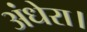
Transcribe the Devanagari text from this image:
अंधेरा।